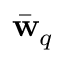
\bar { \bf w } _ { q }